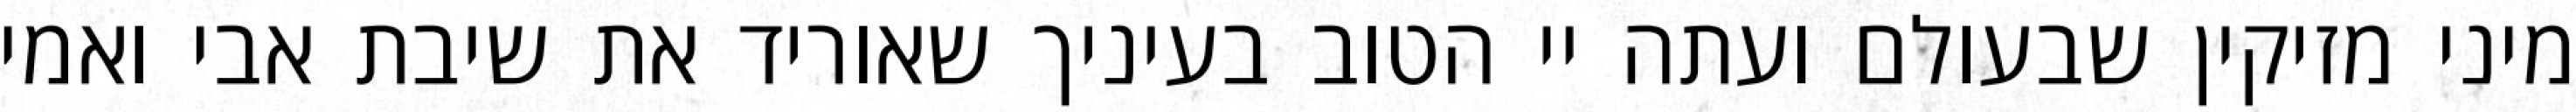
מיני מזיקין שבעולם ועתה יי הטוב בעיניך שאוריד את שיבת אבי ואמי